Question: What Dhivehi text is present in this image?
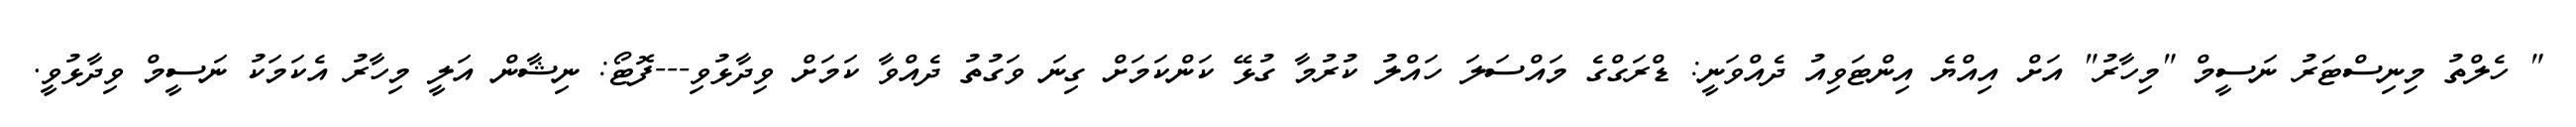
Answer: " ހެލްތު މިނިސްޓަރު ނަސީމް "މިހާރު" އަށް އިއްޔެ އިންޓަވިއު ދެއްވަނީ: ޑްރަގްގެ މައްސަލަ ހައްލު ކުރުމާ ގުޅޭ ކަންކަމަށް ގިނަ ވަގުތު ދެއްވާ ކަމަށް ވިދާޅުވި---ފޮޓޯ: ނިޝާން އަލީ މިހާރު އެކަމަކު ނަސީމް ވިދާޅުވީ.